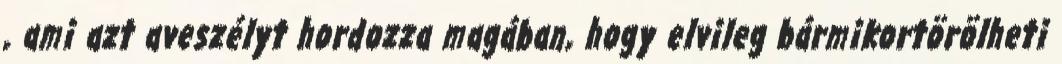
, ami azt aveszélyt hordozza magában, hogy elvileg bármikortörölheti